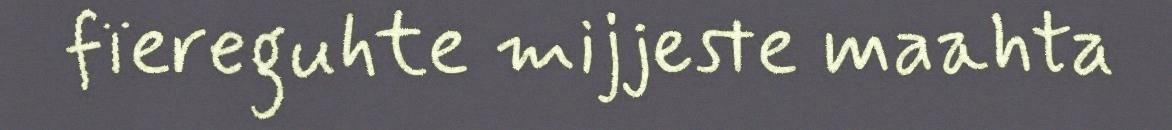
fïereguhte mijjeste maahta